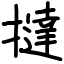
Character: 撻